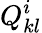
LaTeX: Q_{kl}^{i}